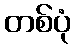
တစ်ပုံ